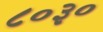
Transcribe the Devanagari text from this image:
८०३०